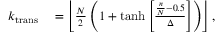
\begin{array} { r l } { k _ { \mathrm { t r a n s } } } & { { } = \left\lfloor \frac { N } { 2 } \left( 1 + \operatorname { t a n h } { \left[ \frac { \frac { n } { N } - 0 . 5 } { \Delta } \right] } \right) \right\rfloor , } \end{array}